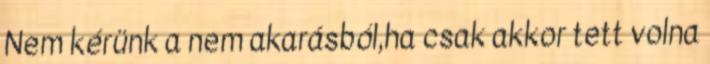
Nem kérünk a nem akarásból,ha csak akkor tett volna